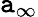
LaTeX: \mathtt{a}_{\infty}